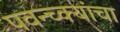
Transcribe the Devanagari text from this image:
पवन्च्क्यांचा